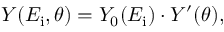
Y ( E _ { \mathrm { i } } , \theta ) = Y _ { 0 } ( E _ { \mathrm { i } } ) \cdot Y ^ { \prime } ( \theta ) ,